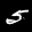
Label: 5